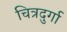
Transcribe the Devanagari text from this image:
चित्रदुर्गा